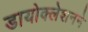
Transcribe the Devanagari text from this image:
डायोक्लेशनने